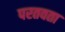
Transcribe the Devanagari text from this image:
परतवता